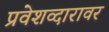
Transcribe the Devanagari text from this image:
प्रवेशव्दारावर